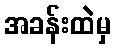
အခန်းထဲမှ